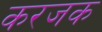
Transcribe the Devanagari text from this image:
करजक